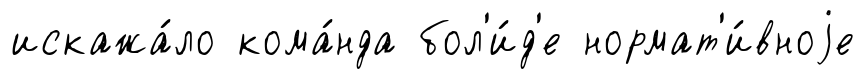
искажа́ло кома́нда бол'и́д'е нормат'и́вноjе